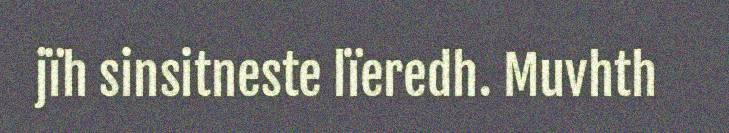
jïh sinsitneste lïeredh. Muvhth